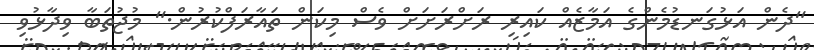
"ދެން އަޅުގަނޑުމެންގެ އަމާޒެއް ކައިރި ރަށްރަށަށް ވެސް މިކަން ތައާރަފްކުރުން." މުޖުތަބާ ވިދާޅުވި